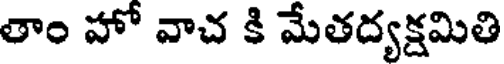
తాం హో వాచ కి మేతద్యక్షమితి